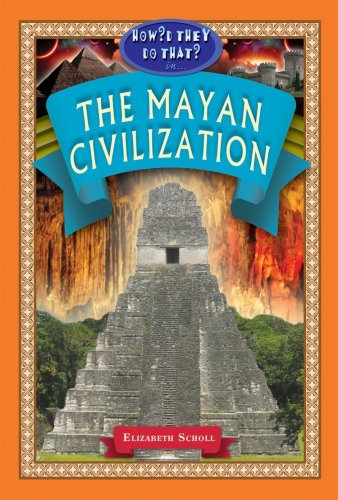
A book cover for In the Mayan Civilization (How'd They Do That?) (How'd They Do That? Lifestyle, Culture, Holidays); Elizabeth Scholl; Children's Books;